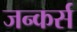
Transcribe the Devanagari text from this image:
जन्कर्स